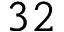
3 2